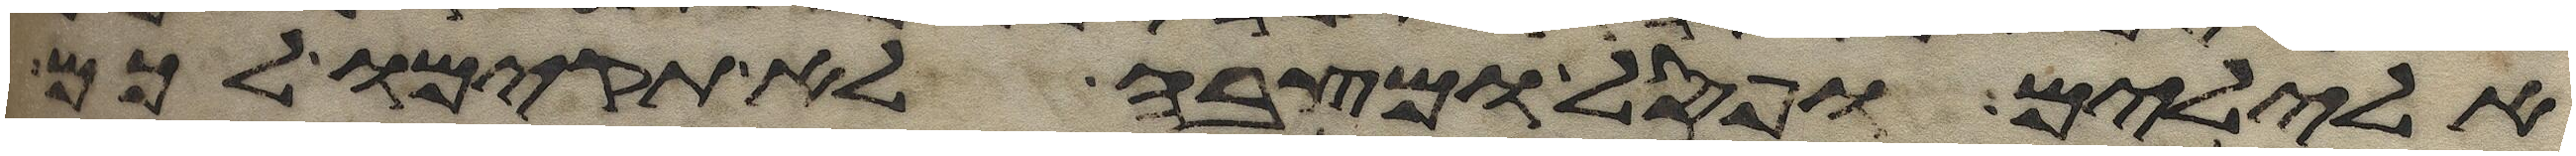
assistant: אלילים ופסל ומצבה לא תקימו לכם